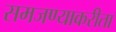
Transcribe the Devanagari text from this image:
समजण्याकरीता